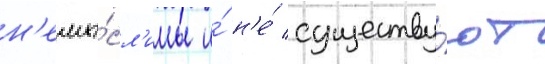
н'емы́сл'имы и́ н'е́ существу́ют